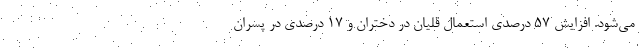
می‌شود. افزایش ۵٧ درصدی استعمال قلیان در دختران و ١٧ درصدی در پسران